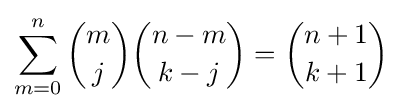
\sum _{m=0}^{n}{\binom {m}{j}}{\binom {n-m}{k-j}}={\binom {n+1}{k+1}}